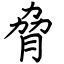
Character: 脅